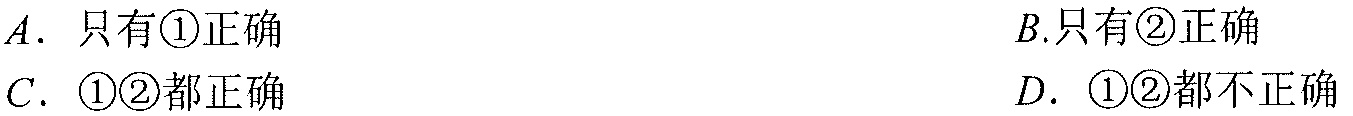
\(A.\) 只有\textcircled{1}正确 \(\quad B.\)只有\textcircled{2}正确
\(C.\) \textcircled{1}\textcircled{2}都正确 \(\quad D.\) \textcircled{1}\textcircled{2}都不正确